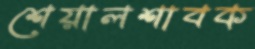
শেয়ালশাবক